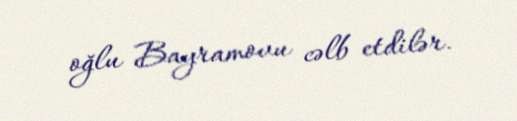
oğlu Bayramovu cəlb etdilər.